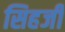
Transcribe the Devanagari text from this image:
सिहजी